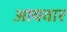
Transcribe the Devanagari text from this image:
आयवार